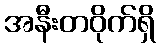
အနီးတဝိုက်ရှိ